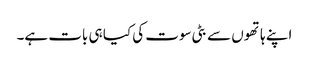
اپنے ہاتھوں سے بٹی سوت کی کیا ہی بات ہے۔